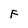
Character: F